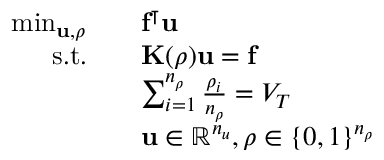
\begin{array} { r l } { \operatorname* { m i n } _ { \mathbf { u } , \boldsymbol { \rho } } } & { \quad \mathbf { f } ^ { \intercal } \mathbf { u } } \\ { \mathrm { s . t . } } & { \quad \mathbf { K } ( \boldsymbol { \rho } ) \mathbf { u } = \mathbf { f } } \\ & { \quad \sum _ { i = 1 } ^ { n _ { \rho } } \frac { \rho _ { i } } { n _ { \rho } } = V _ { T } } \\ & { \quad \mathbf { u } \in \mathbb { R } ^ { n _ { u } } , \boldsymbol { \rho } \in \{ 0 , 1 \} ^ { n _ { \rho } } } \end{array}